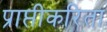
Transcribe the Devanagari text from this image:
प्राप्तीकरिता